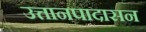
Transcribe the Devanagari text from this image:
उत्तानपादासन